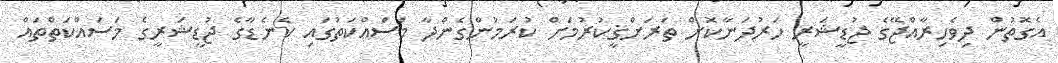
އެގޮތުން ދިވެހިރާއްޖޭގެ ޖުޑީޝަރީ ހަރުދަނާކޮށް ތަރަށްޤީކުރުމަށް ކުރަމުންގެންދާ މަސައްކަތުގައި ކެނެޑާގެ ޖުޑީޝަރީގެ މަސައްކަތްތައް